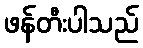
ဖန်တီးပါသည်